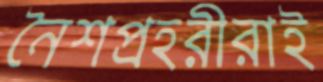
নৈশপ্রহরীরাই